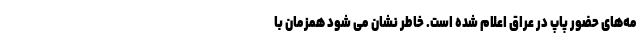
مه‌های حضور پاپ در عراق اعلام شده است. خاطر نشان می شود همزمان با